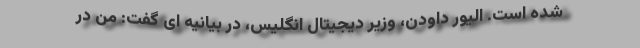
شده است. الیور داودن، وزیر دیجیتال انگلیس، در بیانیه ای گفت: من در